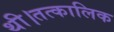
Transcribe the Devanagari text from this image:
थी।तत्कालिक